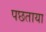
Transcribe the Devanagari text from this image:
पछताया